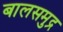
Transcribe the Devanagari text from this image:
बालसमुद्र